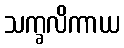
သက္ခလိကာယ